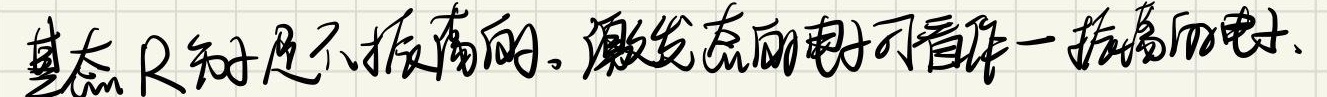
基态 \(R\) 分子是不振荡的。激发态的电子可看作一振荡的电子。